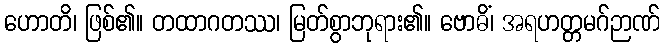
ဟောတိ၊ ဖြစ်၏။ တထာဂတဿ၊ မြတ်စွာဘုရား၏။ ဗောဓိံ၊ အရဟတ္တမဂ်ဉာဏ်